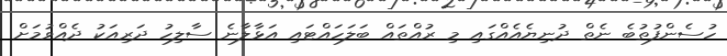
ހުސެންފުތުބެ ނެތް ދުނިޔެއެއްގައި މި ރުއްތައް ބަލަހައްޓައި އަޅާލާނެ ސާލިހު ދަރިއަކު ދެއްވުމަށް